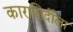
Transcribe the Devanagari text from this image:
कारागिर्दीला